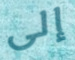
إلى